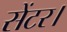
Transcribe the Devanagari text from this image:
सेंटर।